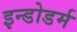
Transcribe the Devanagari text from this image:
इन्डोडर्म